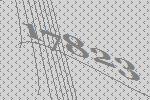
17823